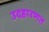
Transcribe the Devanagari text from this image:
उदहारणत